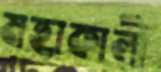
মহাকালী